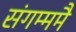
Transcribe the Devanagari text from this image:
संगम्ममै